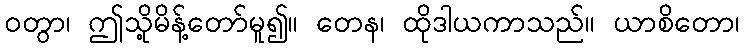
ဝတွာ၊ ဤသို့မိန့်တော်မူ၍။ တေန၊ ထိုဒါယကာသည်။ ယာစိတော၊